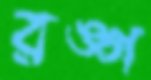
রঙ্গ